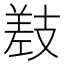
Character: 𫶰